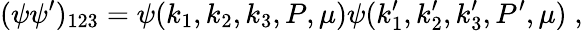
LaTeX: (\psi\psi^{\prime})_{123}=\psi(k_{1},k_{2},k_{3},P,\mu)\psi(k_{1}^{\prime},k_{2}^{\prime},k_{3}^{\prime},P^{\prime},\mu)\; ,